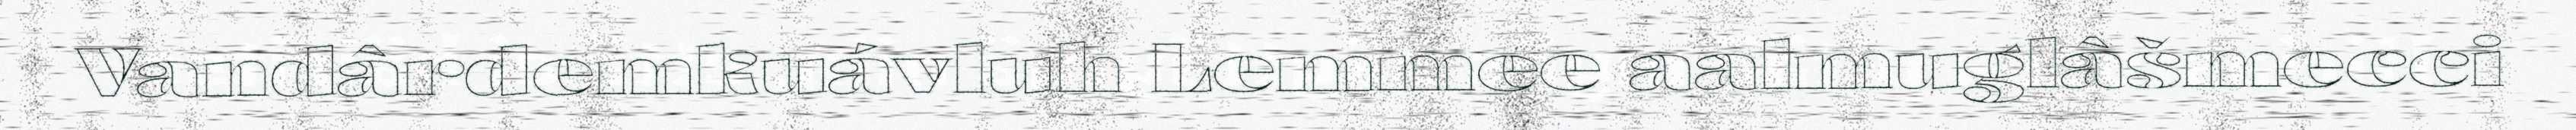
Vandârdemkuávluh Lemmee aalmuglâšmecci